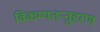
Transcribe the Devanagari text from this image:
विकम्पतन्तुहरण